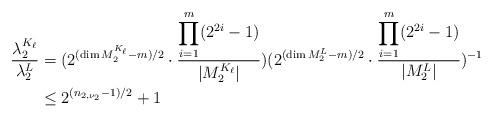
LaTeX: \begin{align*} \frac{\lambda_2^{K_{\ell}}}{\lambda_2^L}&=(2^{(\dim M_2^{K_{\ell}}-m)/2}\cdot\frac{\displaystyle{\prod_{i=1}^{m}}(2^{2i}-1)}{|M_2^{K_{\ell}}|})(2^{(\dim M_2^L-m)/2}\cdot\frac{\displaystyle{\prod_{i=1}^{m}}(2^{2i}-1)}{|M_2^L|})^{-1}\\ &\leq 2^{(n_{2,\nu_2}-1)/2}+1\end{align*}